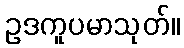
ဥဒကူပမာသုတ်။